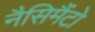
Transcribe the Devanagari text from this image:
नैसिमैंटो